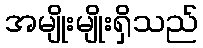
အမျိုးမျိုးရှိသည်